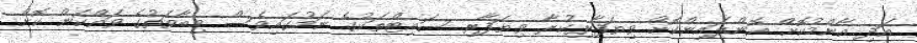
އަދި އާންމުކޮށް އޮންލައިންކޮށް ވިޔަފާރިކުރާ ވިޔަފާރި ސައިޓްތަކުގެ ނަމުގައިވެސް މިބާވަތުގެ ވައްކަން ކޮށް